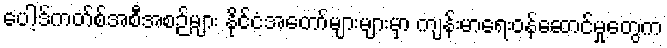
ပေါ့ဒ်ကတ်စ်အစီအစဉ်များ နိုင်ငံအတော်များများမှာ ကျန်းမာရေးဝန်ဆောင်မှုတွေက